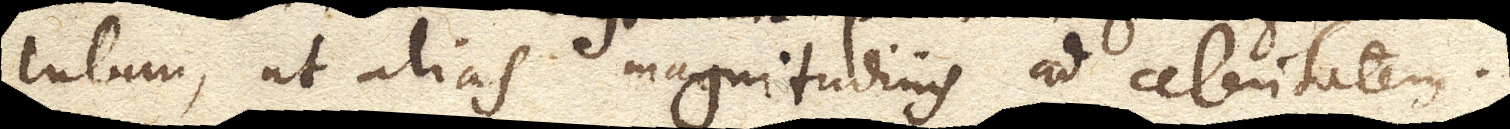
lutum, ut alias magnitudinis ad celeritatem.